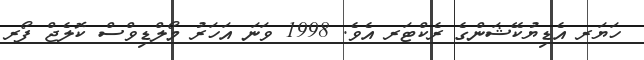
ހަޔަރ އެޑިޔުކޭޝަންގެ ރެކްޓަރ އެވެ. 1998 ވަނަ އަހަރު މޯލްޑިވްސް ކޮލެޖް ފޯރ